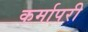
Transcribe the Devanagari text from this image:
कर्मापरी